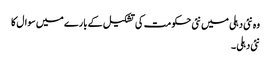
وہ نئی دہلی میں نئی حکومت کی تشکیل کے بارے میں سوال کا
نئی دہلی ۔